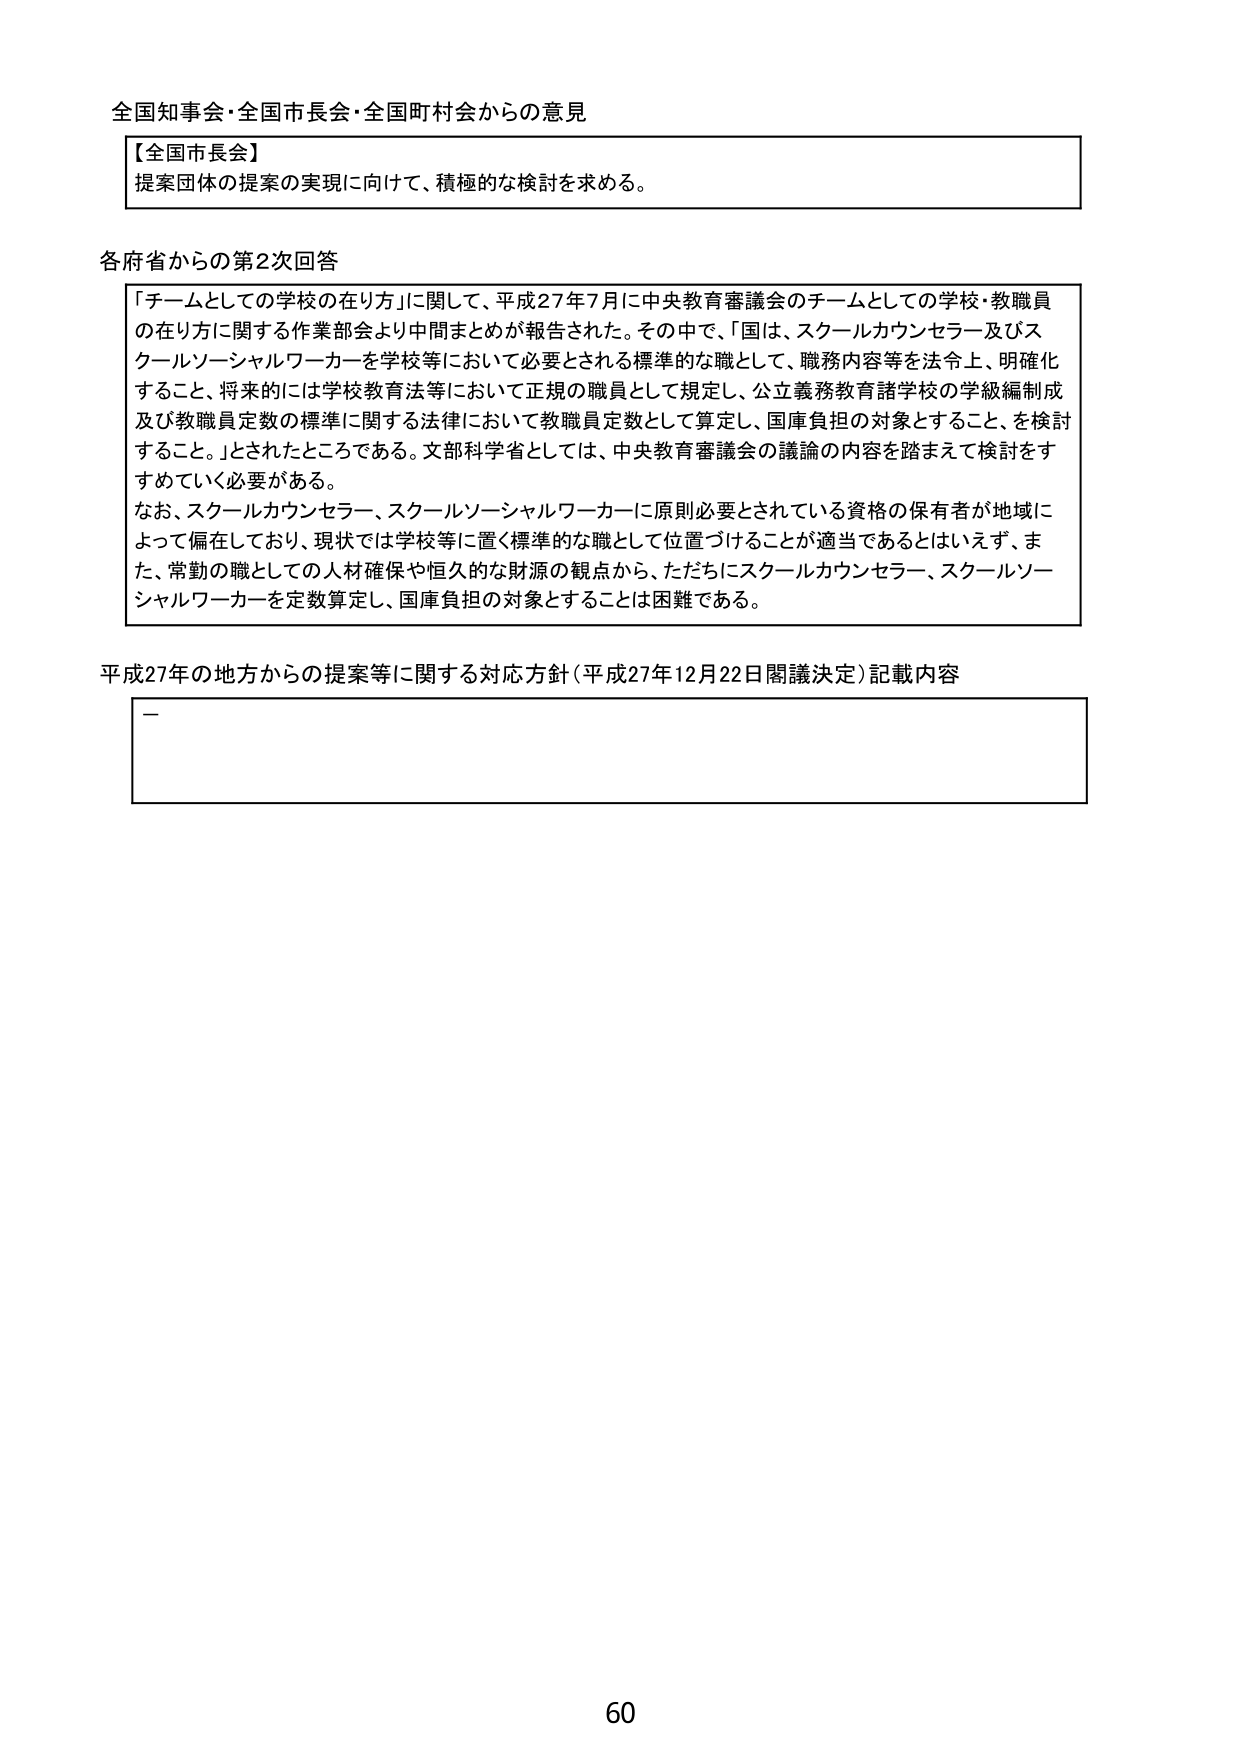
全国知事会・全国市長会・全国町村会からの意見

【全国市長会】
提案団体の提案の実現に向けて、積極的な検討を求める。

各府省からの第2次回答
「チームとしての学校の在り方」に関して、平成27年7月に中央教育審議会のチームとしての学校・教職員の在り方に関する作業部会より中間まとめが報告された。その中で、「国は、スクールカウンセラー及びスクールソーシャルワーカーを学校等において必要とされる標準的な職として、職務内容等を法令上、明確化すること、将来的には学校教育法等において正規の職員として規定し、公立義務教育諸学校の学級編制及び教職員定数の標準に関する法律において教職員定数として算定し、国庫負担の対象とすること、を検討すること。」とされたところである。文部科学省としては、中央教育審議会の議論の内容を踏まえて検討をすすめていく必要がある。
なお、スクールカウンセラー、スクールソーシャルワーカーに原則必要とされている資格の保有者が地域によって偏在しており、現状では学校等に置く標準的な職として位置づけることが適当であるとはいえず、また、常勤の職としての人材確保や恒久的な財源の観点から、ただちにスクールカウンセラー、スクールソーシャルワーカーを定数算定し、国庫負担の対象とすることは困難である。

平成27年の地方からの提案等に関する対応方針（平成27年12月22日閣議決定）記載内容
－

60